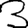
Digit: 3